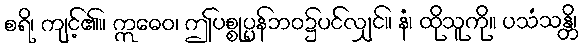
စရိ၊ ကျင့်၏။ ဣဓေဝ၊ ဤပစ္စုပ္ပန်ဘဝ၌ပင်လျှင်။ နံ၊ ထိုသူကို။ ပသံသန္တိ၊